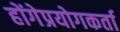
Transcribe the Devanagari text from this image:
होंगेप्रयोगकर्ता